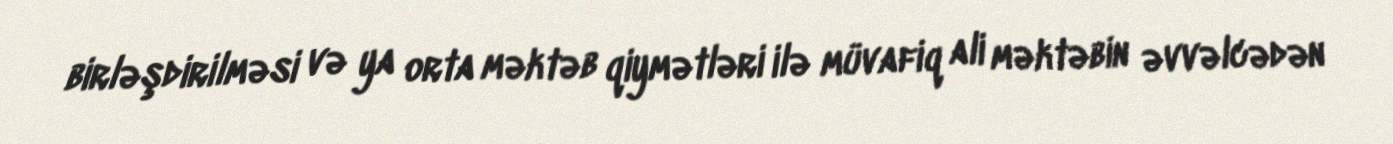
birləşdirilməsi və ya orta məktəb qiymətləri ilə müvafiq ali məktəbin əvvəlcədən